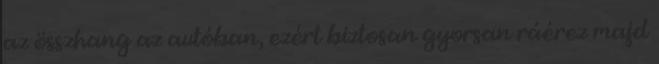
az összhang az autóban, ezért biztosan gyorsan ráérez majd